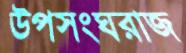
উপসংঘরাজ